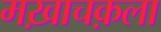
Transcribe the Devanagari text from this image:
मख़ाचक़ला